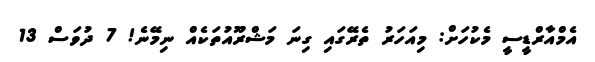
އެމްއާރްޑީސީ މެކުހަށް: މިއަހަރު ތެރޭގައި ގިނަ މަޝްރޫއުތަކެއް ނިމޭނެ! 7 ދުވަސް 13